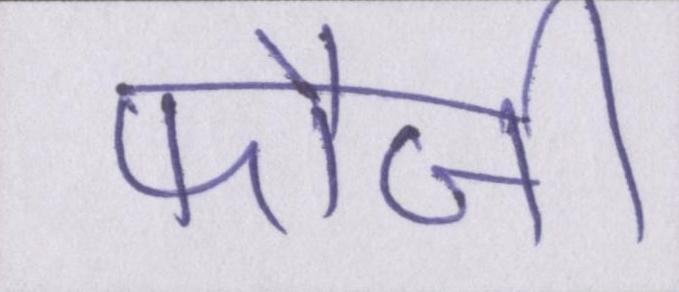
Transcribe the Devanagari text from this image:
फौजी